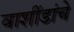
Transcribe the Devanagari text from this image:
वाशींडांचे